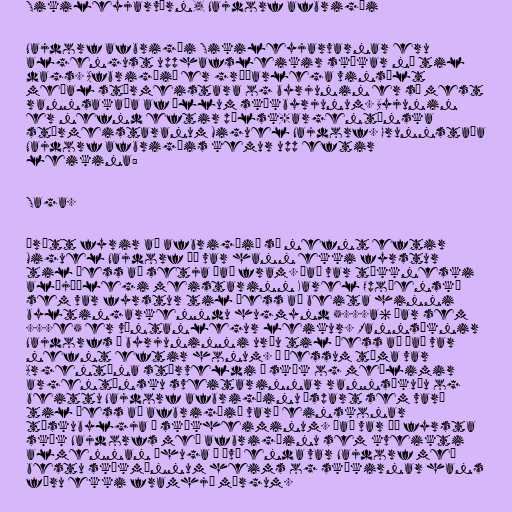
Sikileyjarvörn, Najdorf afbrigði

Najdorf afbrigði Sikileyjarvarnar eru
algengust upphafsleikir skákar nú til
dags. Afbrigðið er gríðarlega vinsælt
meðal stórmeistara og byrjunin er sú mest
rannsakaða af öllum skákbyrjunum. Byjunin
er nefnd eftir pólsk-argentínska
stórmeistaranum Miguel Najdorf. Grunnstaða
Najdorf afbrigðis kemur upp eftir
leikina:

Saga.

Þrátt fyrir að afbrigðið sé nefnt eftir
Miguel Najdorf þá var hann ekki fyrstur
til þess að setja það fram. Það var tékkneski
alþjóðlegi meistarinn Karel Opočenský
sem var fyrstur til þess að beita hinni
byltingarkenndu hugmynd 5...a6 þar sem
...e5 er væntanlegur leikur. Rannsóknir
Najdorfs á byrjuninni urðu til þess að það var
nefnt eftir honum. Á þessum tíma var
Argentína stórveldi í skák og meðlimir
argentínsku sveitarinnar rannsökuðu og
beittu Najdorf afbrigðinu óspart sem varð
til þess að afbrigðið varð einskonar
tískubylgja í skákheiminum. Það var þó fyrsta
skák Najdorfs með afbrigðinu sem kveikti
almennan áhuga á því enda var Najdorf með
bestu skákmönnum heims og skákirnar hans
fóru ekki framhjá mörgum.